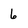
Character: 6